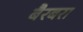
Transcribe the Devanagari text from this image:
बैरबरा